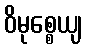
ဝိမုစ္စေယျ